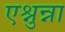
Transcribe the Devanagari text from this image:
एश्नुन्ना